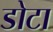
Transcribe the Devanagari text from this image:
डोटा